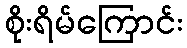
စိုးရိမ်ကြောင်း